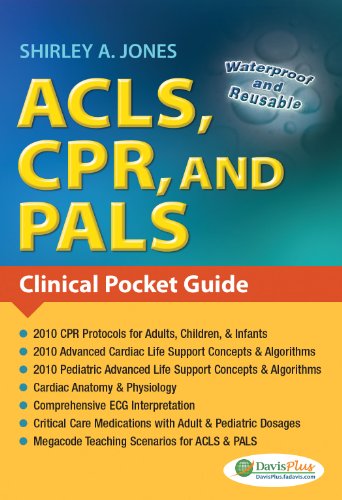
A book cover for ACLS, CPR, and PALS: Clinical Pocket Guide; Shirley A. Jones; Medical Books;